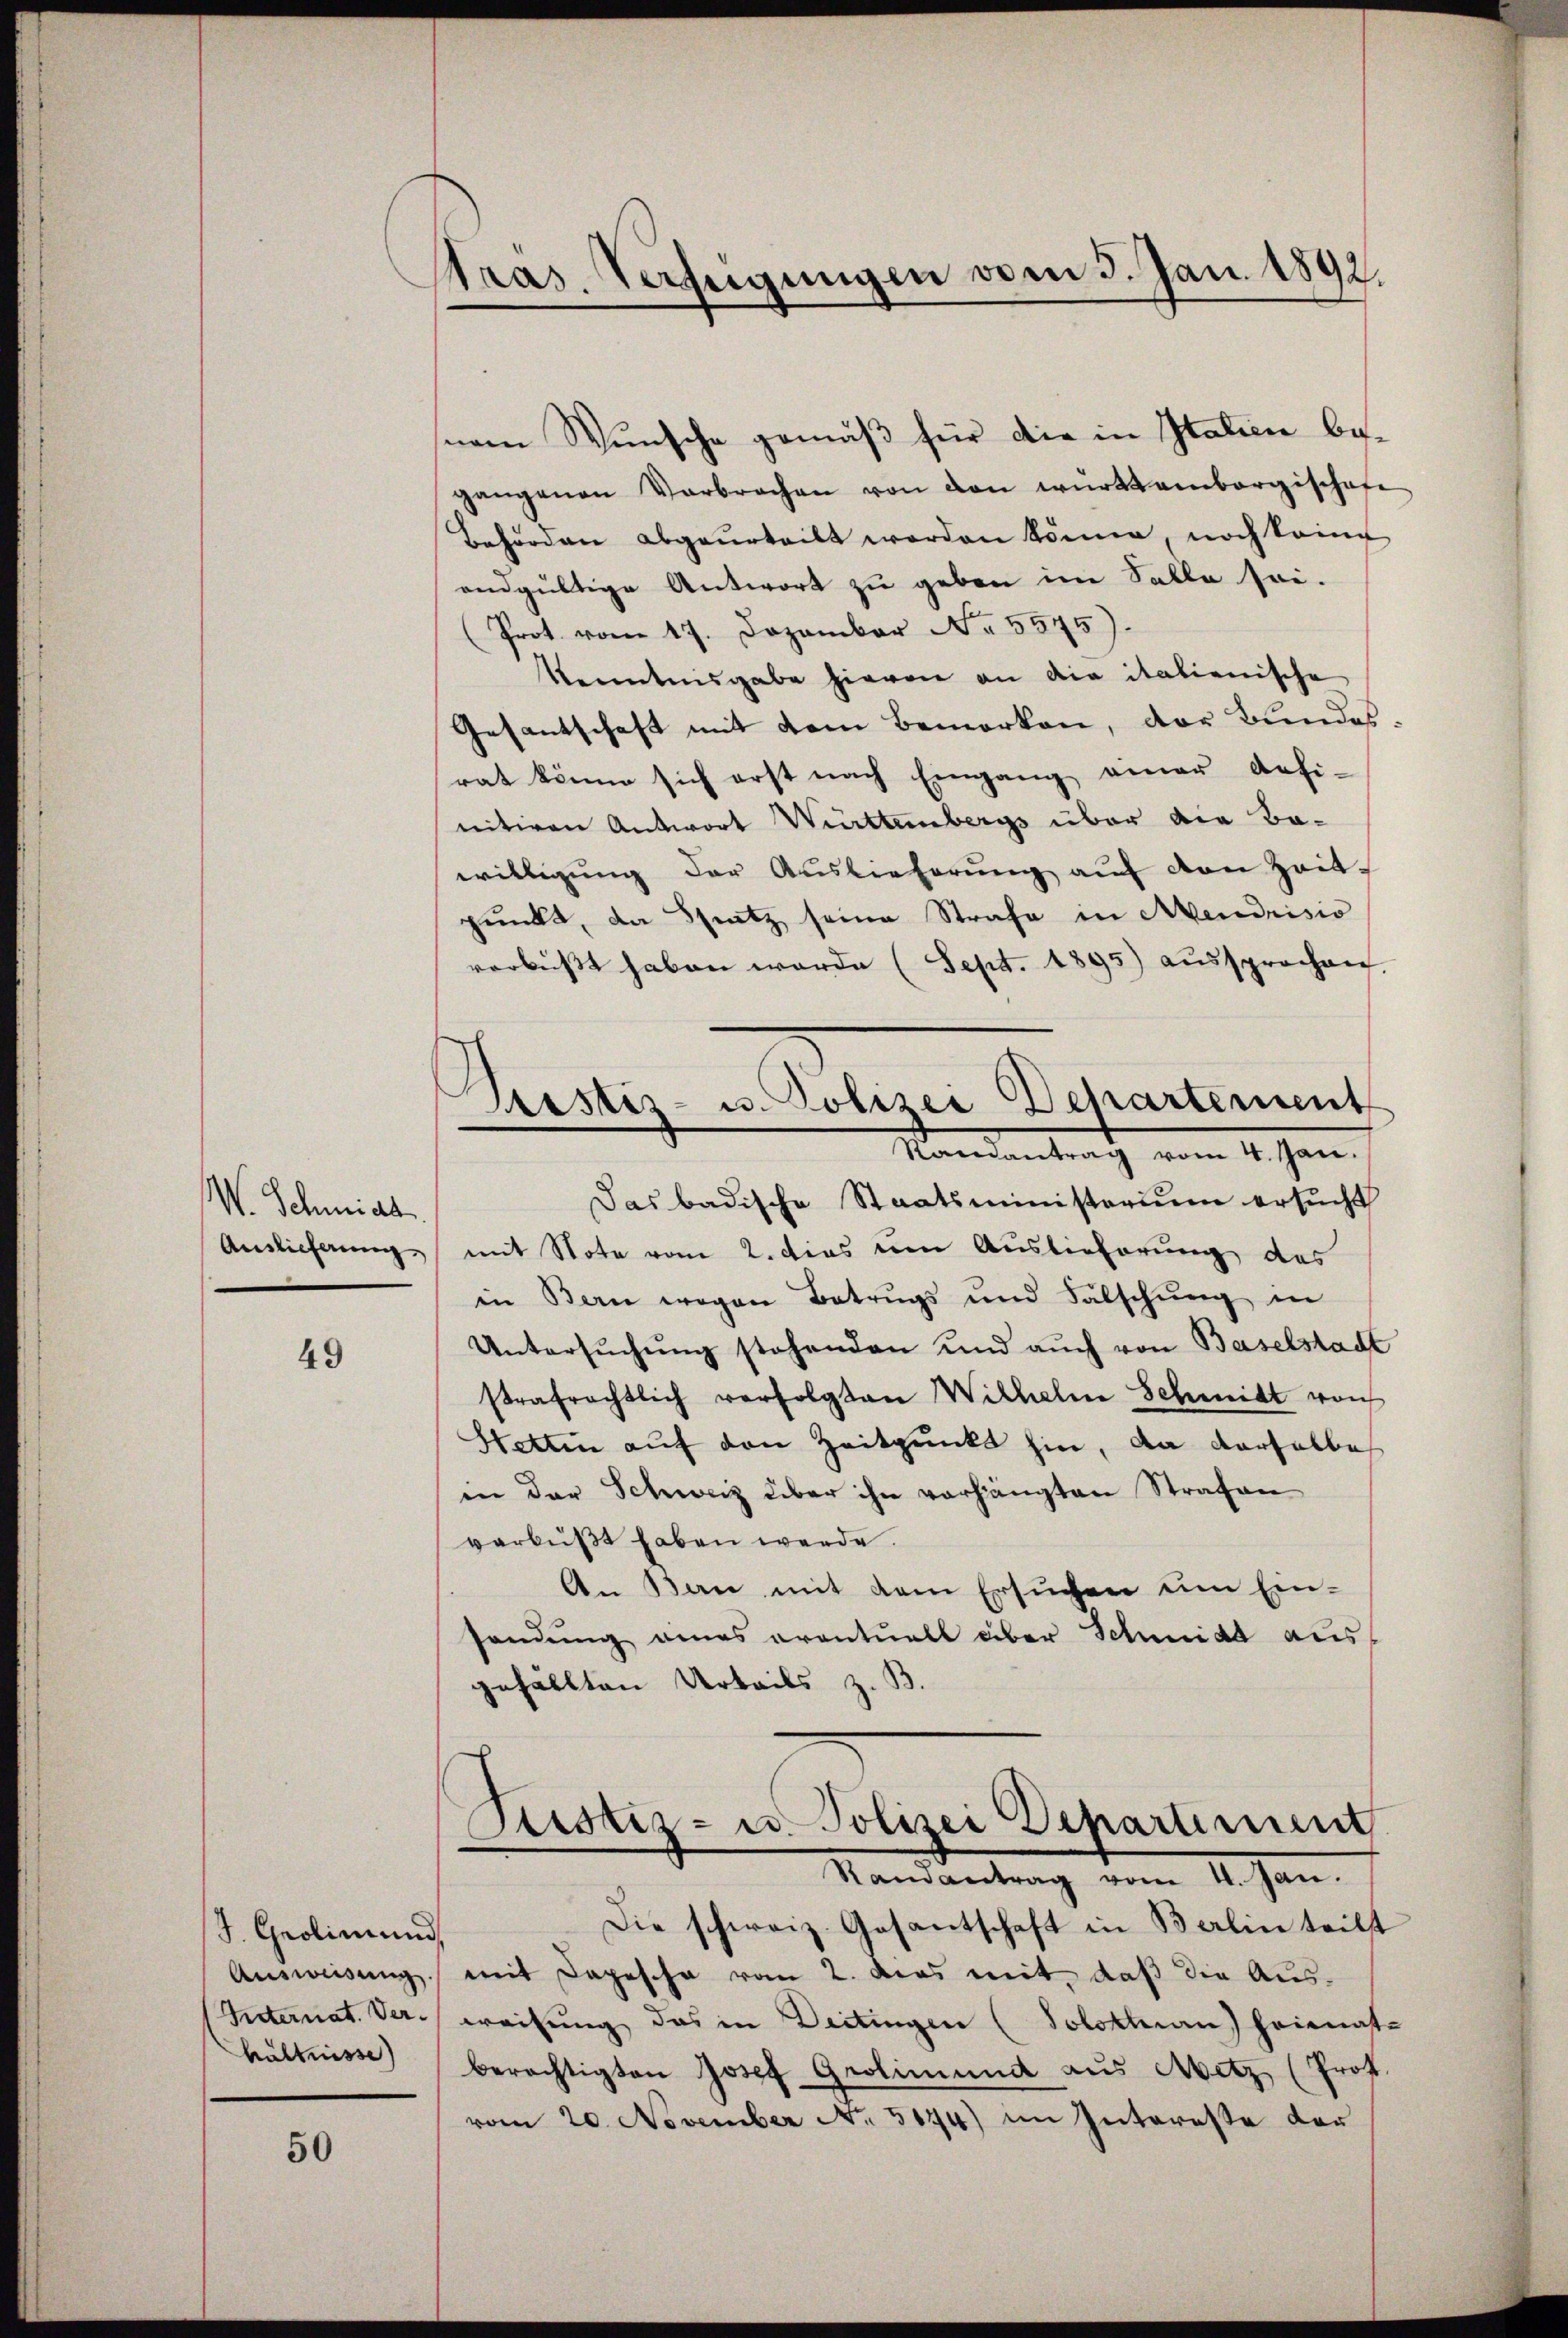
W. Schmidt
Auslieferung

49

J. Grolin und
hältnisse

50

tras. Verfügungen vom 3. Jan. 1892.

tistiz- u. Polizei Departement
d
Ramantrag vom 4. Jan.

nem Wunsche gemäß für die in Italien begangenen Verbrochen von den württembergischofe
Behörden abgeurteilt worden könne, noch keine
endgültige Antwort zu geben im Salle sei.
(Prot. vom 17. Dezember No. 5575).
Kenntnisgabe hievon an die italienische
Gesantschaft mit dem Bemerken, der Bundes
rat könne sich erst nach Eingang einer Aufi-
nitiven Antwort Württembergs über die Bawilligung der Auslieferung auf den Zeitpunkt, da Satz seine Strafe in Avendrisio
verbüßt haben werde (Sept. 1895 aŭssprochen.
Das badische Staatsministerium ersucht
mit Note vom 2. dies um Auslieferung des
in Bern wegen Betrugs und Falschŭng in
Untersŭchŭng stehenden und auch von Baselstadt
strafrechtlich verfolgten Wilhelne Schmidt von
Stettin auf den Zeitpunkt hin, da derselbe
in der Schweiz über ihn vorhängten Strafen
verbüßt haben werde.
An an mit dem Ersuchen im Ein-
sendung eines eventuell über Schmidt aus-
gefällten Urteils z. B.
Sistiz- u. Polizei Departement
Randantrag vom 4. Jan.
Die schweiz. Gesantschaft in Berlin teilt
Ausweisung mit Depesche vom 2. dies mit, daß die Aus¬
Vnternat. Verweisung das in Deitingen (Solothurn Heimat-
berechtigten Josef Grotimund aus Metz, (Prof.
vom 20. November No. 5174) im Interesse der